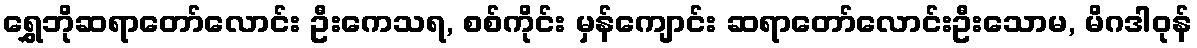
ရွှေဘိုဆရာတော်လောင်း ဦးကေသရ, စစ်ကိုင်း မှန်ကျောင်း ဆရာတော်လောင်းဦးသောမ, မိဂဒါဝုန်